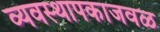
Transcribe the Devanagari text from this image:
व्यवस्थापकाजवळ